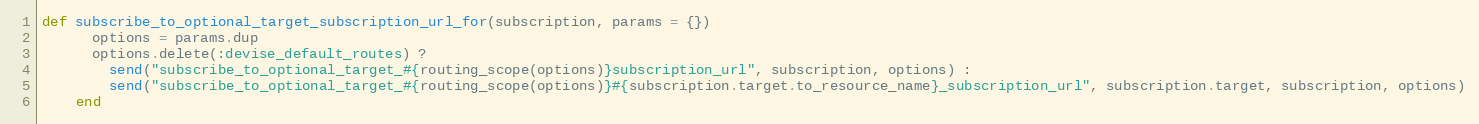
Language: Ruby
def subscribe_to_optional_target_subscription_url_for(subscription, params = {})
      options = params.dup
      options.delete(:devise_default_routes) ?
        send("subscribe_to_optional_target_#{routing_scope(options)}subscription_url", subscription, options) :
        send("subscribe_to_optional_target_#{routing_scope(options)}#{subscription.target.to_resource_name}_subscription_url", subscription.target, subscription, options)
    end